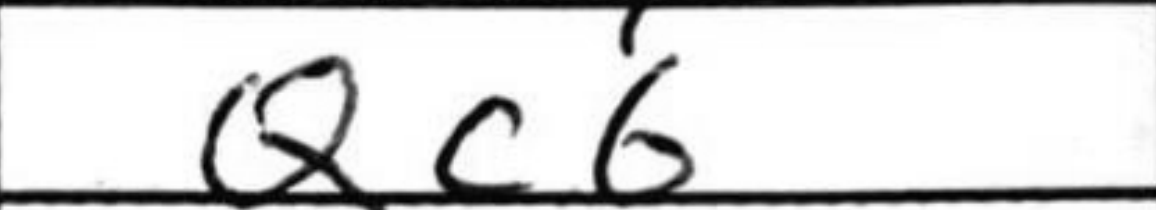
Transcription: Qc6